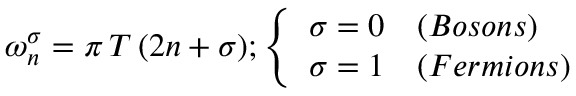
{ \omega _ { n } ^ { \sigma } = \pi \, T \, ( 2 n + \sigma ) } ; \left\{ \begin{array} { l l } { { { \sigma = 0 } } } & { { ( B o s o n s ) } } \\ { { { \sigma = 1 } } } & { { ( F e r m i o n s ) } } \end{array} \right.